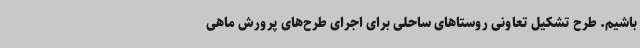
باشیم. طرح تشکیل تعاونی روستاهای ساحلی برای اجرای طرح‌های پرورش ماهی